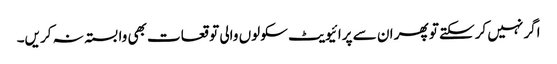
اگر نہیں کرسکتے تو پھر ان سے پرائیویٹ سکولوں والی توقعات بھی وابستہ نہ کریں۔